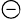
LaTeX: \circleddash